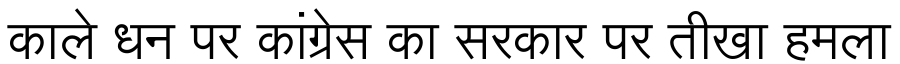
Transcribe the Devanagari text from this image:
काले धन पर कांग्रेस का सरकार पर तीखा हमला